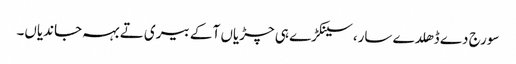
سورج دے ڈھلدے سار، سینکڑے ہی چڑیاں آ کے بیری تے بہہ جاندیاں۔